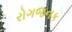
રોગજનક